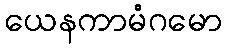
ယေနကာမံဂမော